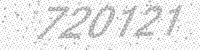
Solution: 720121